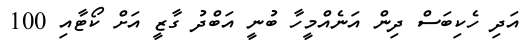
އަދި ހެކިބަސް ދިން އަނެއްމީހާ ބުނީ އަބްދު ގާޒީ އަށް ކޯޓާއި 100